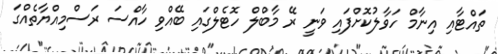
ތައްޓާއި އިނާމް ހަވާލުކޮށްފައި ވަނީ ރޭ މާބްލް ހޮޓެލްގައި ބޭއްވި ހާއްސަ ރަސްމިއްޔާތެއްގަ